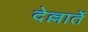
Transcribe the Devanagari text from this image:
देल्लार्ते